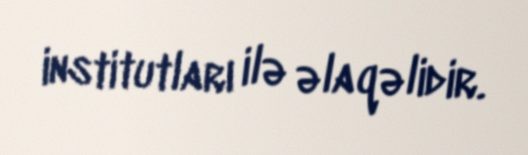
institutları ilə əlaqəlidir.